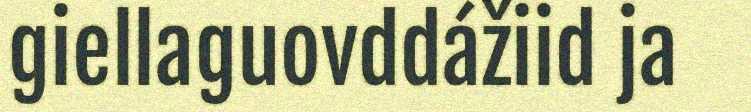
giellaguovddážiid ja